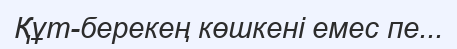
Құт-берекең көшкені емес пе...